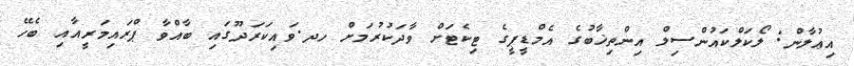
އިޢުލާން: ލޯކަލްކައުންސިލް އިންތިޚާބުގެ އެމްޑީޕީގެ ޓިކެޓަށް ވާދަކުރުމަށް ހދ.ވައިކަރަދޫގައި ބާއްވާ ޕްރައިމަރީއާއި ބެހޭ